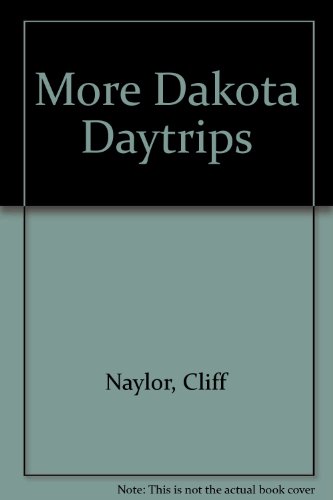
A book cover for More Dakota Daytrips; Cliff Naylor; Travel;